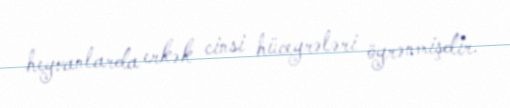
heyvanlarda erkək cinsi hüceyrələri öyrənmişdir.